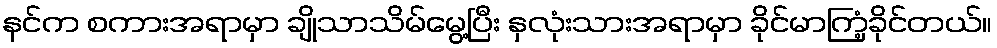
နင်က စကားအရာမှာ ချိုသာသိမ်မွေ့ပြီး နှလုံးသားအရာမှာ ခိုင်မာကြံ့ခိုင်တယ်။